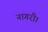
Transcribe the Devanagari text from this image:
नागरी।